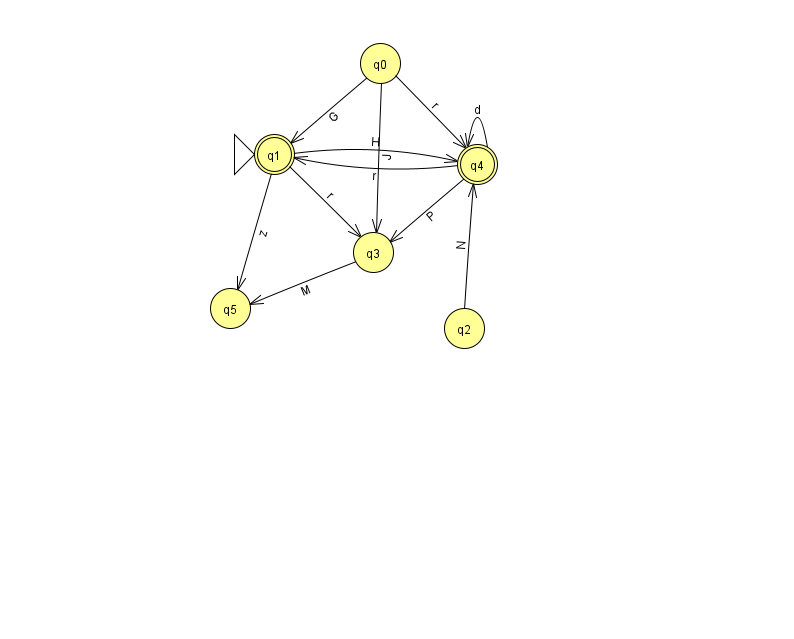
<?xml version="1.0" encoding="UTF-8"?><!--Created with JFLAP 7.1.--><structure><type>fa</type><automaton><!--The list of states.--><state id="0" name="q0"><x>380.0</x><y>50.0</y></state><state id="1" name="q1"><x>274.0</x><y>141.0</y><initial/><final/></state><state id="2" name="q2"><x>464.0</x><y>315.0</y></state><state id="3" name="q3"><x>373.0</x><y>239.0</y></state><state id="4" name="q4"><x>477.0</x><y>151.0</y><final/></state><state id="5" name="q5"><x>230.0</x><y>295.0</y></state><!--The list of transitions.--><transition><from>1</from><to>3</to><read>r</read></transition><transition><from>4</from><to>4</to><read>d</read></transition><transition><from>1</from><to>4</to><read>H</read></transition><transition><from>2</from><to>4</to><read>N</read></transition><transition><from>0</from><to>1</to><read>G</read></transition><transition><from>0</from><to>3</to><read>J</read></transition><transition><from>3</from><to>5</to><read>M</read></transition><transition><from>1</from><to>5</to><read>z</read></transition><transition><from>0</from><to>4</to><read>r</read></transition><transition><from>4</from><to>1</to><read>r</read></transition><transition><from>4</from><to>3</to><read>P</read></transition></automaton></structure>